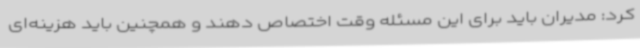
کرد: مدیران باید برای این مسئله وقت اختصاص دهند و همچنین باید هزینه‌ای